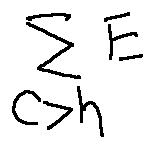
\sum \limits _ { C > h } E